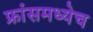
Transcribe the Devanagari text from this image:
फ्रांसमध्येच